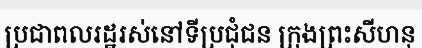
ប្រជាពលរដ្ឋរស់នៅទីប្រជុំជន ក្រុងព្រះសីហនុ